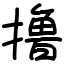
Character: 撸